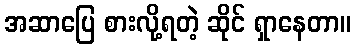
အဆာပြေ စားလို့ရတဲ့ ဆိုင် ရှာနေတာ။